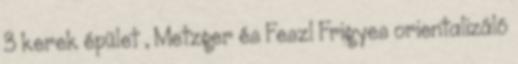
3 kerek épület , Metzger és Feszl Frigyes orientalizáló